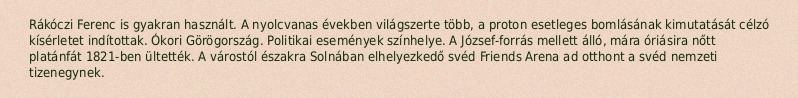
Rákóczi Ferenc is gyakran használt. A nyolcvanas években világszerte több, a proton esetleges bomlásának kimutatását célzó kísérletet indítottak. Ókori Görögország. Politikai események színhelye. A József-forrás mellett álló, mára óriásira nőtt platánfát 1821-ben ültették. A várostól északra Solnában elhelyezkedő svéd Friends Arena ad otthont a svéd nemzeti tizenegynek.